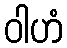
ဝါဟံ